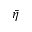
\bar { \eta }